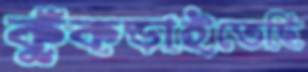
কুঁকড়াইতেছি